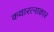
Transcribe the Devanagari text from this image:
कथारत्नाकार